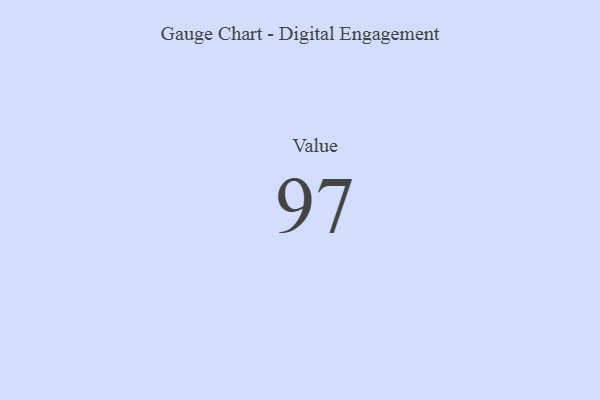
{"axis": {"x": "Metric", "y": "Value"}, "legend": [""], "data": [{"x": "Value", "y": 97, "type": ""}]}